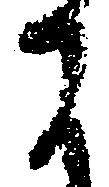
に